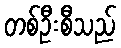
တစ်ဦးစီသည်